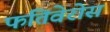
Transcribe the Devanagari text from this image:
फंतिवेरोस